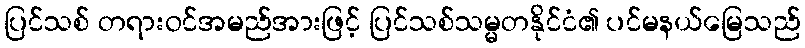
ပြင်သစ် တရားဝင်အမည်အားဖြင့် ပြင်သစ်သမ္မတနိုင်ငံ၏ ပင်မနယ်မြေသည်